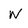
Character: W